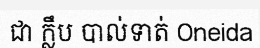
ជា ក្លឹប បាល់ទាត់ Oneida